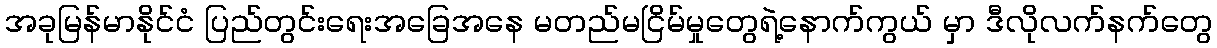
အခုမြန်မာနိုင်ငံ ပြည်တွင်းရေးအခြေအနေ မတည်မငြိမ်မှုတွေရဲ့နောက်ကွယ် မှာ ဒီလိုလက်နက်တွေ